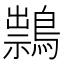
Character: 䳳